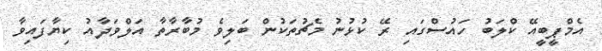
އެމްޕީބީއޭ ކްލަބު ހައުސްގައި ރޭ ކުޅުނު މެޗުތަކުން ބަލިވެ މުބާރާތާ އަލްވަދާއު ކިޔާފައިވާ